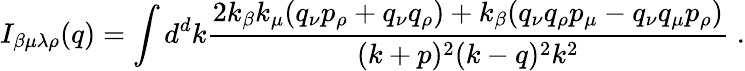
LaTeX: I_{\beta\mu\lambda\rho}(q)=\int d^{d}k\frac{2k_{\beta}k_{\mu}(q_{\nu}p_{\rho}+q_{\nu}q_{\rho})+k_{\beta}(q_{\nu}q_{\rho}p_{\mu}-q_{\nu}q_{\mu}p_{\rho})}{(k+p)^{2}(k-q)^{2}k^{2}}\; .